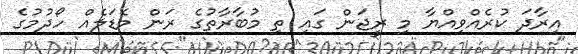
އިރާދަ ކުރެއްވިއްޔާ މި ރީޖަން ގައި ތި މުބާރާތުގެ ރަން މެޑަލެއް ހޯދުމުގެ